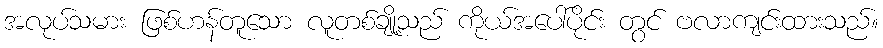
အလုပ်သမား ဖြစ်ဟန်တူသော လူတစ်ချို့သည် ကိုယ်အပေါ်ပိုင်း တွင် ဗလာကျင်းထားသည်။